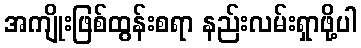
အကျိုးဖြစ်ထွန်းစရာ နည်းလမ်းရှာဖို့ပါ